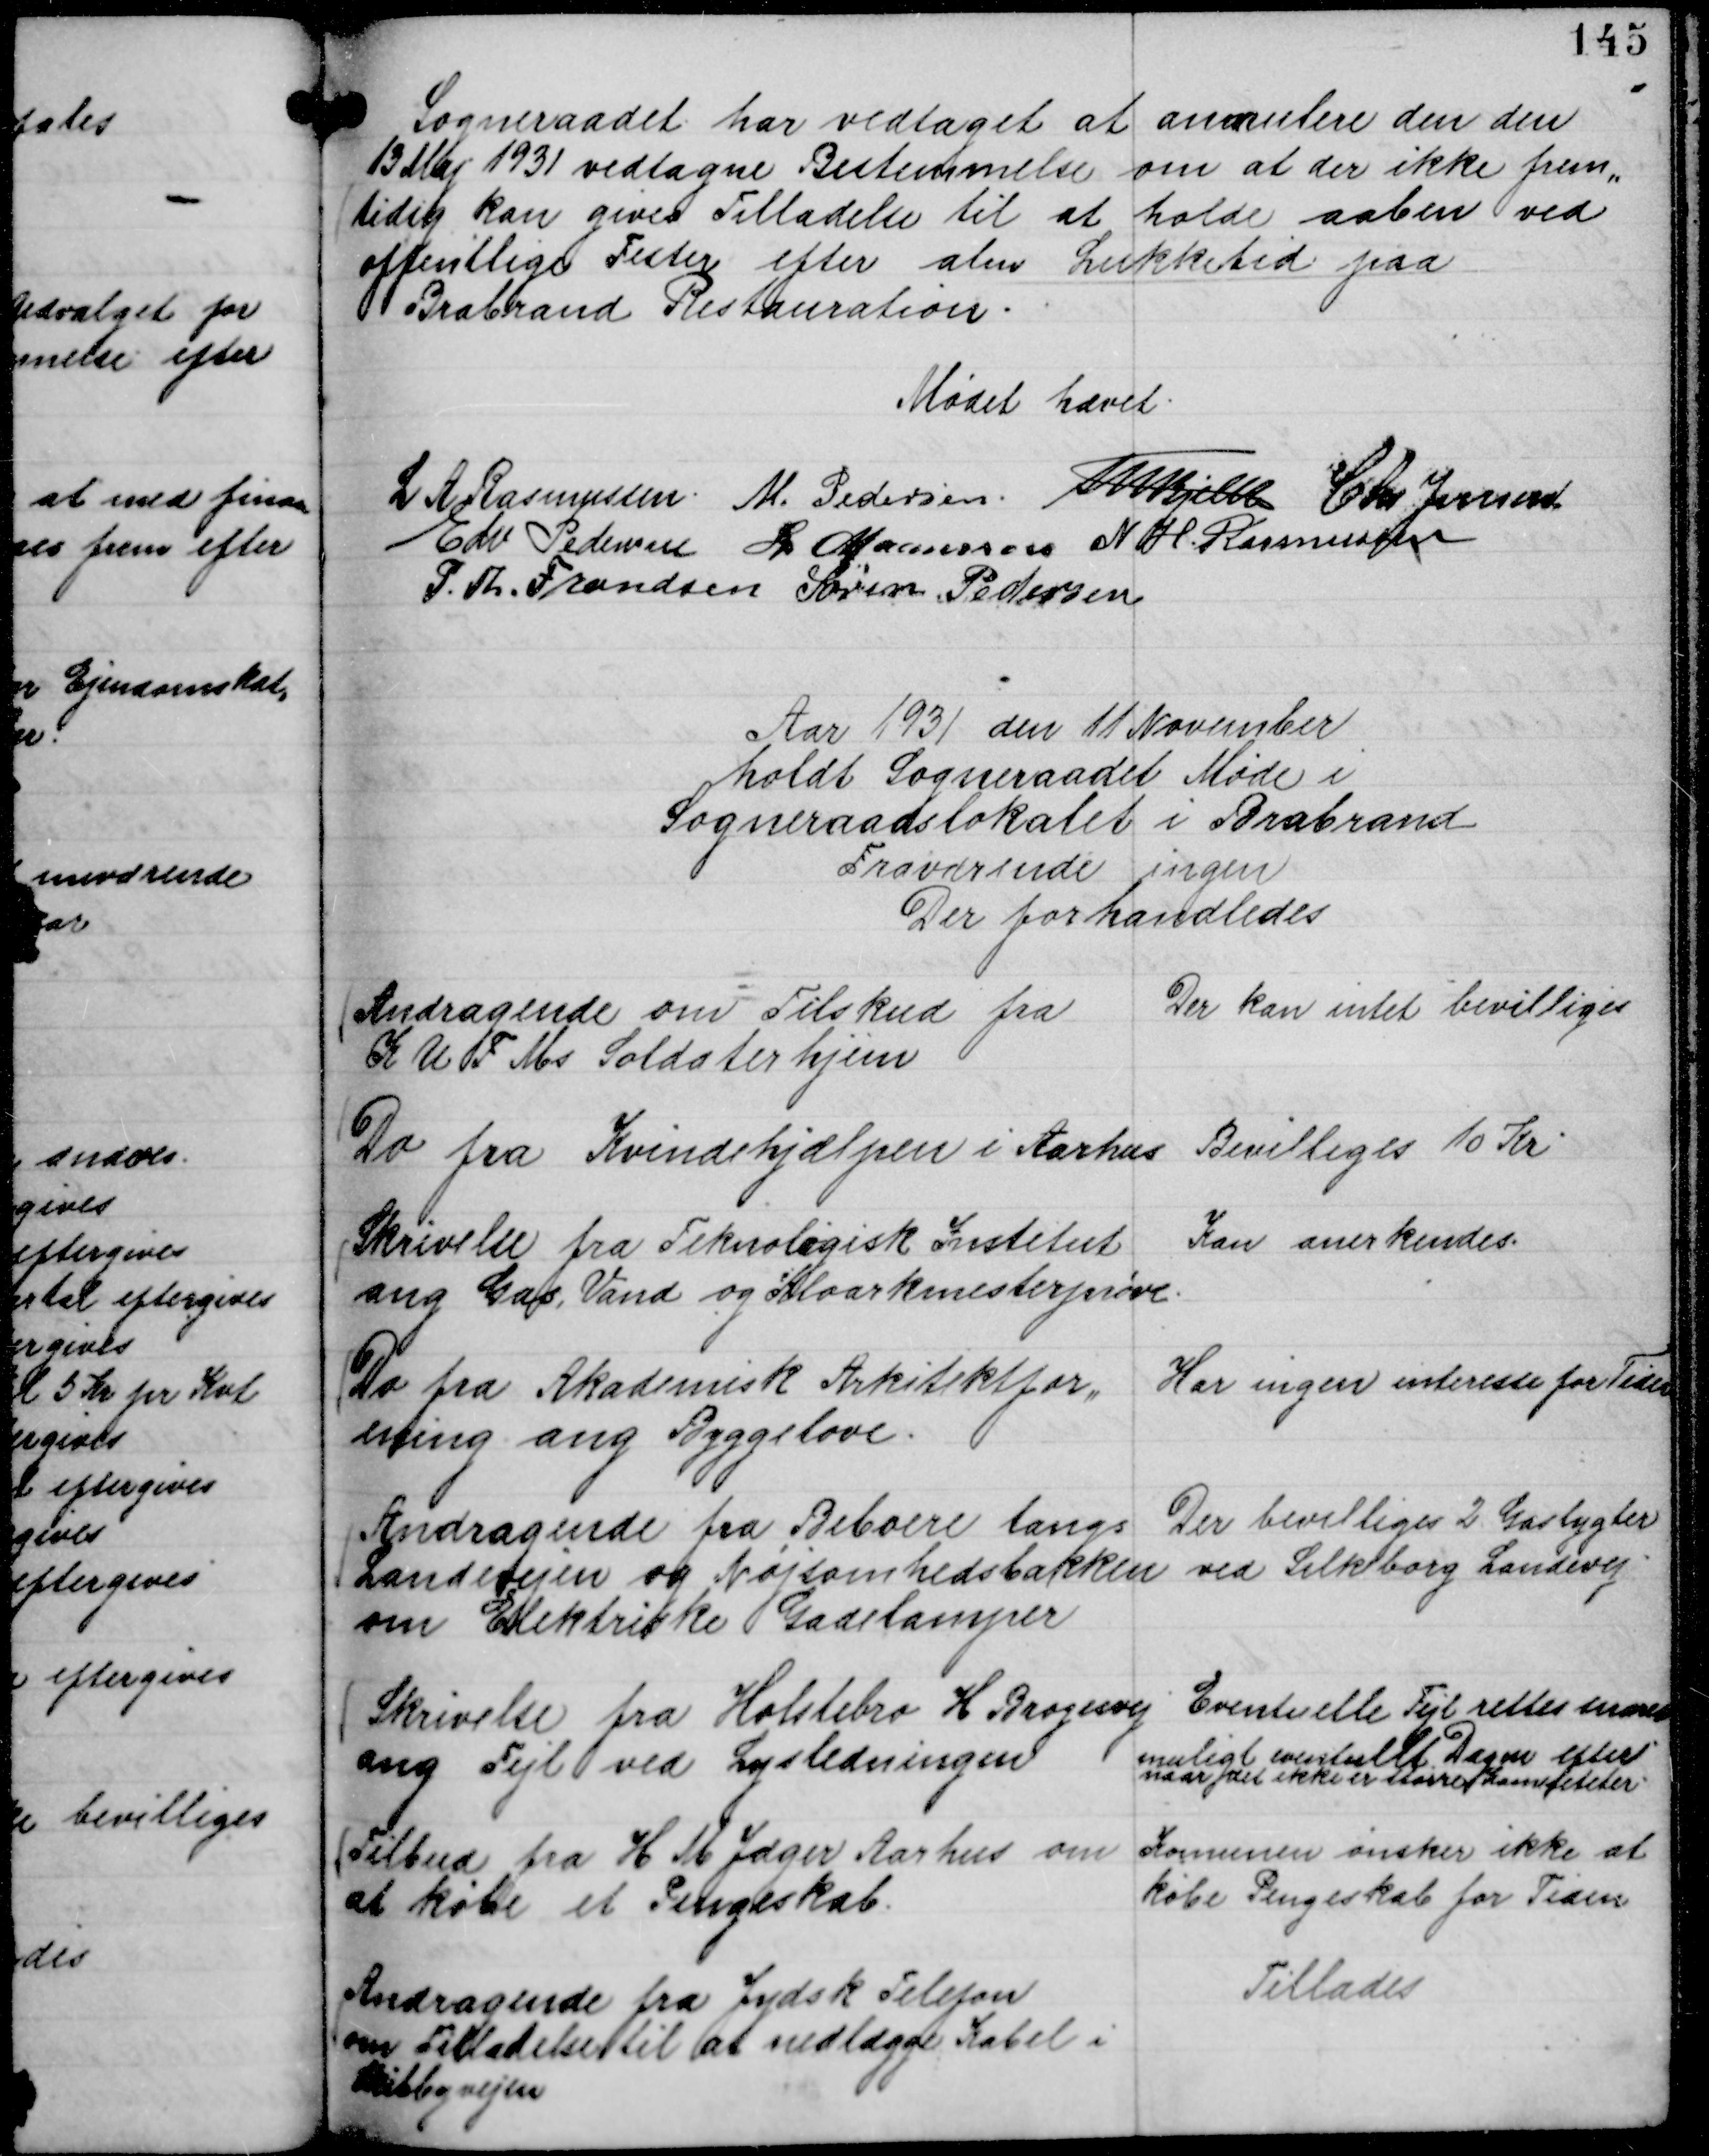
Transskription:
Sogneraadet har vedtaget at annulere den den
13 Maj 1931 vedtagne Bestemmelse om at der ikke frem,,
tidig kan gives Tilladelse til at holde aaben ved
offentlige Fester efter alm Lukketid paa
Brabrand Restauration.

Mødet hævet.
L A Rasmussen.
M. Pedersen.
Th Bjelke
Chr Jensen
Edv Pedersen
L Maansson
N H. Rasmussen
P. Th. Frandsen
Søren Pedersen

Aar 1931 den 11 November
holdt Sogneraadet Møde i
Sogneraadslokalet i Brabrand
Fraværende ingen
Der forhandledes

Andragende om Tilskud fra
K U F Ms Soldaterhjem

Der kan intet bevilliges

Do fra Kvindehjælpen i Aarhus

Bevilliges 10 Kr

Skrivelse fra Teknologisk Institut
ang Gas, Vand og Kloarkmesterprøve.

Kan anerkendes.

Do fra Akademisk Arkitektfor,,
ening ang Byggelove.

Har ingen interesse for Tiden

Andragende fra Beboere langs
Landevejen og Nøjsomhedsbakken
om Elektriske Gadelamper

Der bevilliges 2 Gaslygter
ved Silkeborg Landevej.

Skrivelse fra Holstebro H Brogesvej
ang Fejl ved Lysledningen

Eventuelle Fejl rettes snarest
muligt eventuelt Dagen efter
naar arbejdet ikke er større Kamefeteter.

Tilbud fra H M Jæger Aarhus om
at købe et Pengeskab.

Komunen ønsker ikke at
købe Pengeskab for Tiden

Andragende fra Jydsk Telefon
om Tilladelse til at nedlægge Kabel i
Skibbyvejen

Tillades